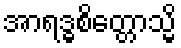
အာရဒ္ဓစိတ္တောသ္မိ